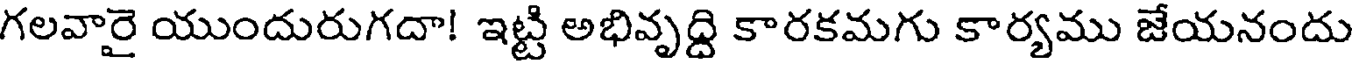
గలవారై యుందురుగదా! ఇట్టి అభివృది కారకమగు కార్యము జేయనందు